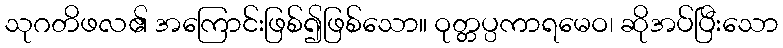
သုဂတိဖလ၏ အကြောင်းဖြစ်၍ဖြစ်သော။ ဝုတ္တပ္ပကာရမေဝ၊ ဆိုအပ်ပြီးသော